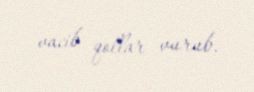
vacib qollar vurub.